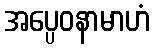
အပ္ပေဝနာမာဟံ